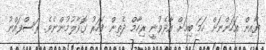
ޔާއިންް އަހަންނަށް ހަމަ ބިމަށް އާދެވުނީ ރިހާމްް ދެތިން ފަހަރު ގޮވާލުމުންނެވެ. ރަސްފައްނު